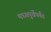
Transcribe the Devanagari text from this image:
मध्यपूर्वेपर्यंत